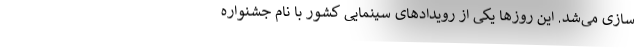
سازی می‌شد. این روزها یکی از رویدادهای سینمایی کشور با نام جشنواره